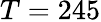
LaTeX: T=245